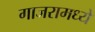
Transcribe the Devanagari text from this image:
गाजरामध्ये